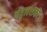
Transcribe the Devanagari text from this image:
नेतृत्वशक्ती